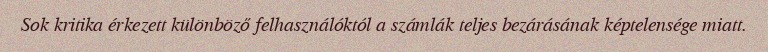
Sok kritika érkezett különböző felhasználóktól a számlák teljes bezárásának képtelensége miatt.